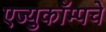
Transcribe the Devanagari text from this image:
एज्युकॉम्पचे